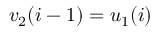
v _ { 2 } ( i - 1 ) = u _ { 1 } ( i )